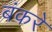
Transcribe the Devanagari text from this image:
बंकरे